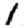
Digit: 1